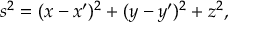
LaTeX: ~ s ^ { 2 } = ( x - x ^ { \prime } ) ^ { 2 } + ( y - y ^ { \prime } ) ^ { 2 } + z ^ { 2 } ,